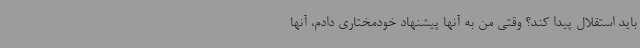
باید استقلال پیدا کند؟ وقتی من به آنها پیشنهاد خودمختاری دادم، آنها